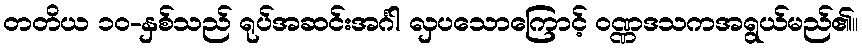
တတိယ ၁၀-နှစ်သည် ရုပ်အဆင်းအင်္ဂါ လှပသောကြောင့် ဝဏ္ဏဒသကအရွယ်မည်၏။